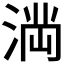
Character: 𭱎